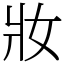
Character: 妝